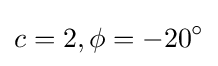
c=2,\phi =-20^{\circ }